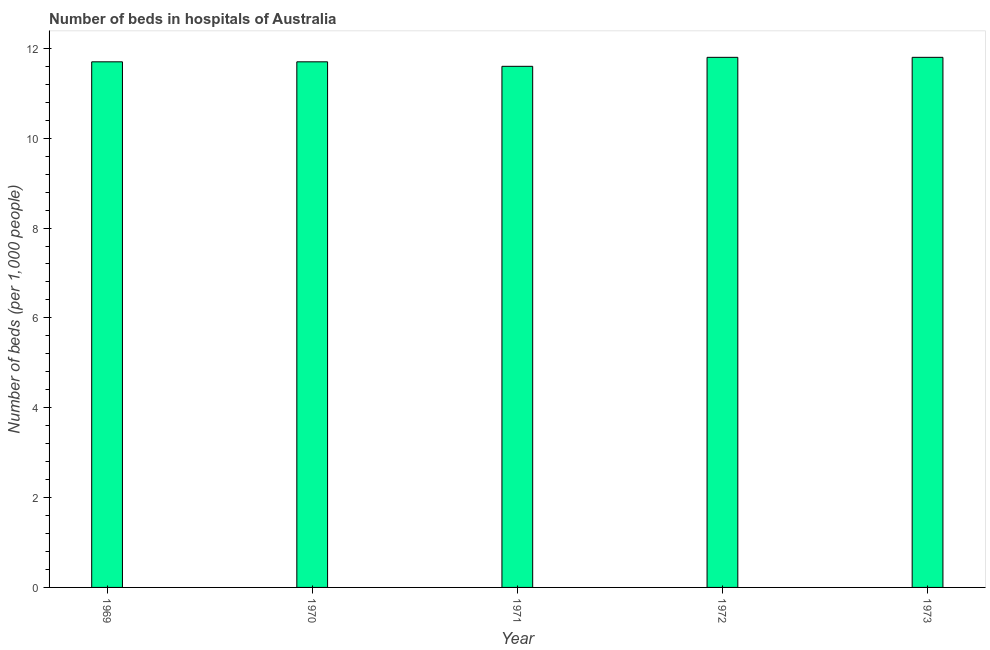
| Year | Hospital beds |
 | --- | --- |
 | 1969 | 11.7 |
 | 1970 | 11.7 |
 | 1971 | 11.6 |
 | 1972 | 11.8 |
 | 1973 | 11.8 |